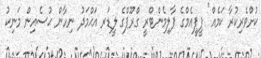
ކުށްވެރިކުރާ ކަމެއް" ޕީޕީއެމްގެ ޕާލިމެންޓްރީ ގްރޫޕްގެ ލީޑަރ އަޙްމަދު ނިހާން ޙުސެއިން މަނިކު